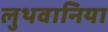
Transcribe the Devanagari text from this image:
लुथवानिया